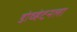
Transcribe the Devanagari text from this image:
डोव्हेटनला